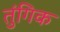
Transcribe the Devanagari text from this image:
तुंगिक